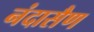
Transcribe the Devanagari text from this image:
नंदासैण